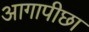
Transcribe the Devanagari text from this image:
आगापीछा